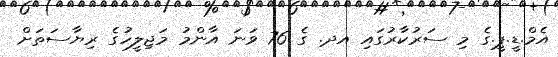
އެމް.ޑީ.ޕީ.ގެ މި ސަރުކާރުގައި އދ. ގެ 76 ވަނަ އާންމު މަޖިލީހުގެ ރިޔާސަތަށް